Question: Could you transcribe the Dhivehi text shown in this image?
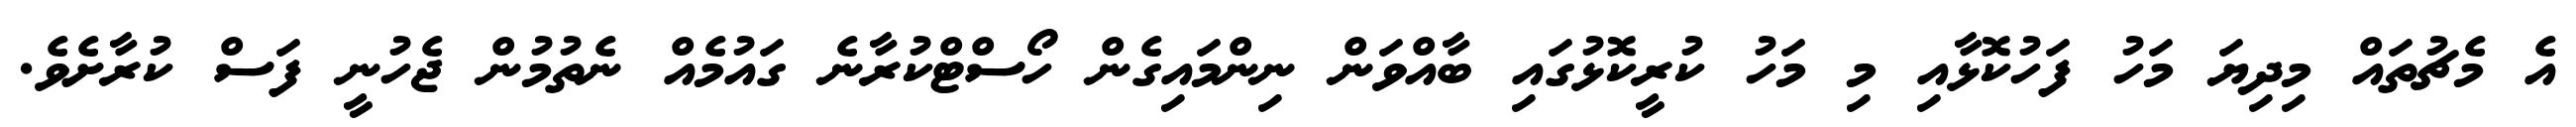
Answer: އެ މެޗުތައް މިދިޔަ މަހު ފަހުކޮޅާއި މި މަހު ކުރީކޮޅުގައި ބާއްވަން ނިންމައިގެން ހޯސްޓްކުރާނެ ގައުމެއް ނެތުމުން ޖެހުނީ ފަސް ކުރާށެވެ.